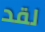
لقد